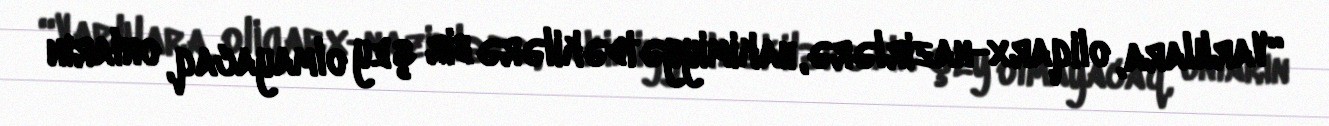
“Varlılara, oliqarx-nazirlərə, hakimiyyətdəkilərə bir şey olmayacaq, onların